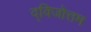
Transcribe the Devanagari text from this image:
द्विजोत्तम